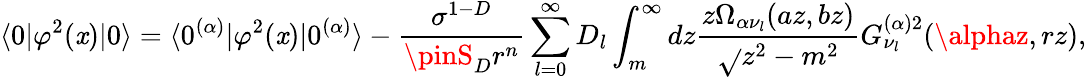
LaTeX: \langle0|\varphi^{2}(\mathit{x})|0\rangle=\langle0^{(\alpha)}|\varphi^{2}(\mathit{x})|0^{(\alpha)}\rangle-\frac{{\sigma^{1-D}}}{{\pinS_{D}r^{n}}}\sum_{l=0}^{\infty}D_{l}\int_{m}^{\infty}dz\frac{{z\Omega_{\alpha\nu_{l}}(az,bz)}}{{\sqrt{}{{z^{2}-m^{2}}}}}G_{\nu_{l}}^{(\alpha)2}(\alphaz,rz),